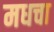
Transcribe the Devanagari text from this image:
मधचा